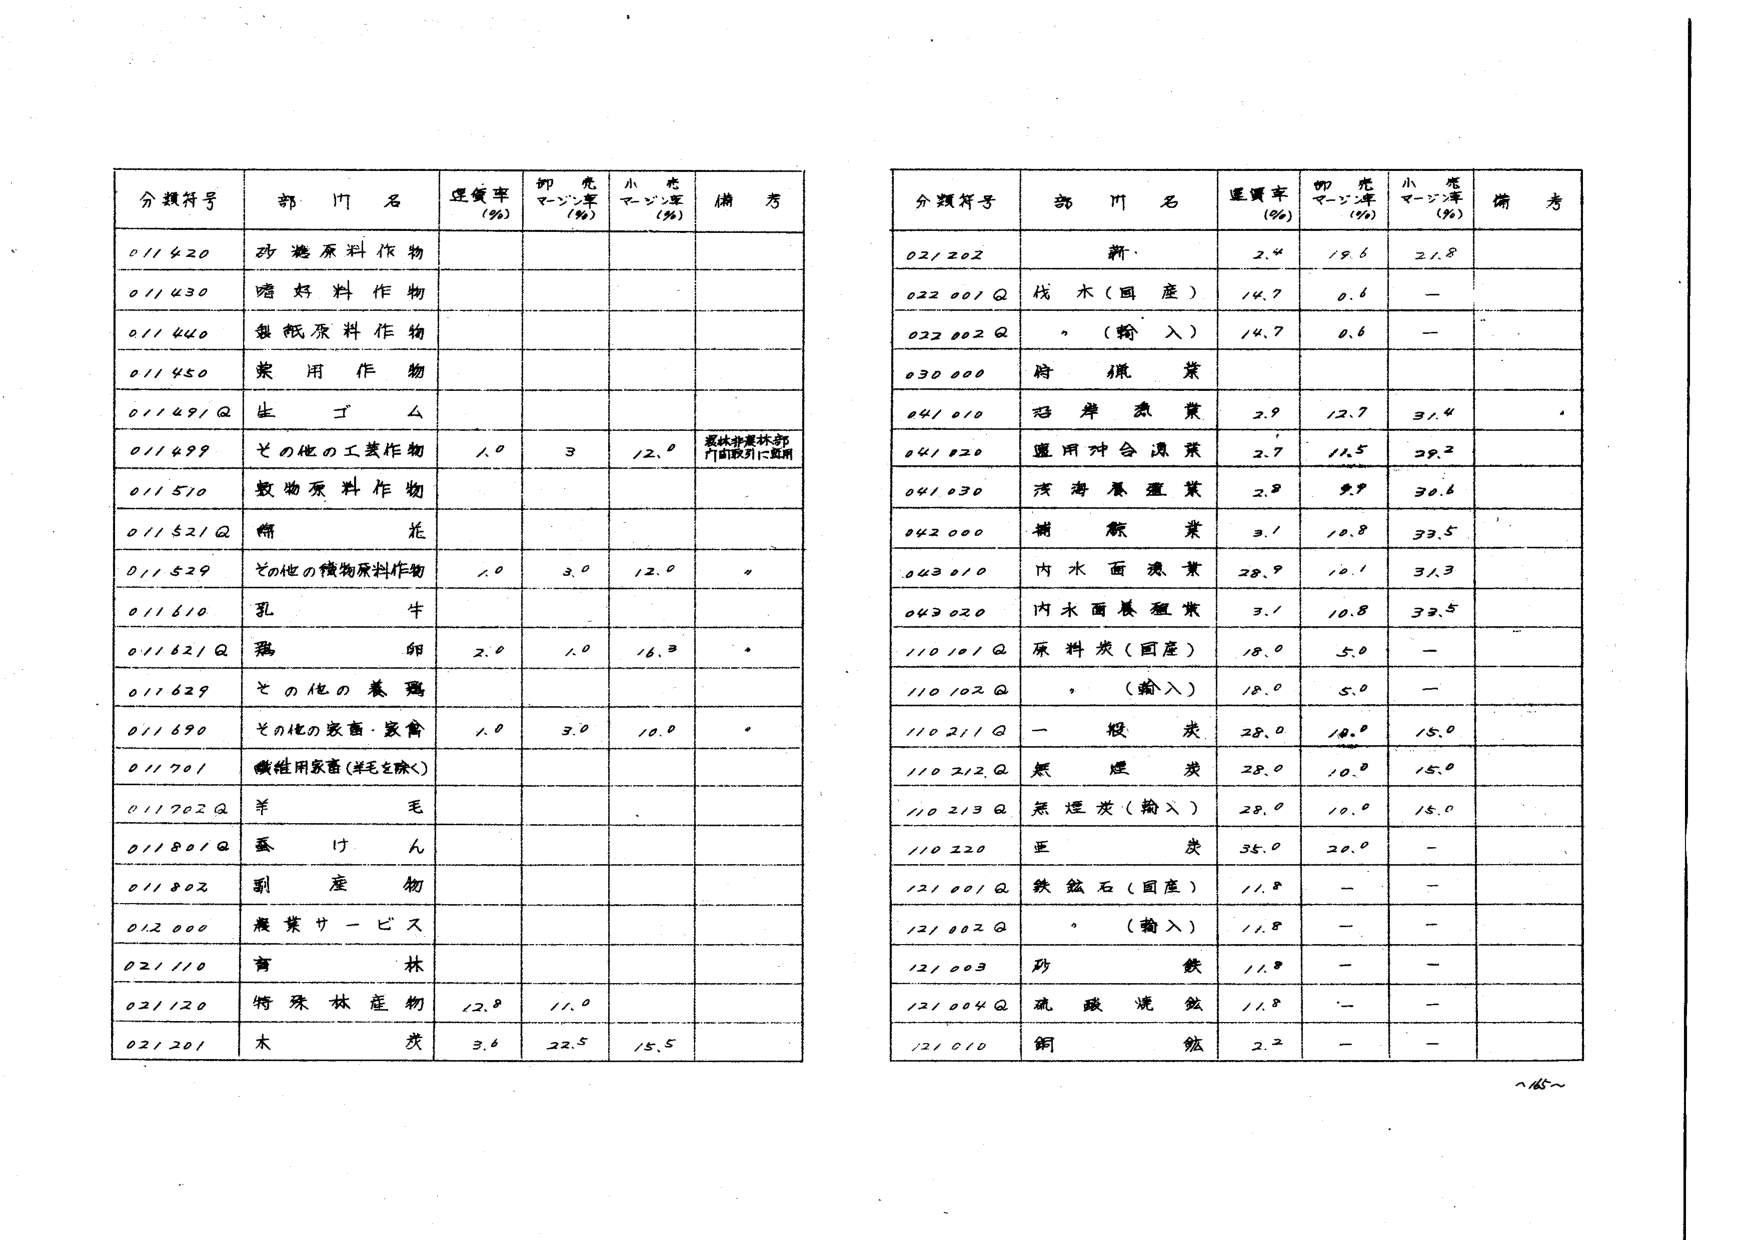
分類符号 部門名 重量率(%) 卵売マージン率(%) 小売マージン率(%) 備考
011420 砂糖原料作物
011430 酒好料作物
011440 製紙原料作物
011450 柴用作物
011491Q 生ゴム
011499 その他の工業作物 1.0 3 12.0 森林非農林部門間取引に適用
011510 食物原料作物
011521Q 棉花
011529 その他の植物原料作物 1.0 3.0 12.0 *
011610 乳牛
011621Q 鶏卵 2.0 1.0 16.3 *
011629 その他の養鶏
011690 その他の家畜・家禽 1.0 3.0 10.0 *
011701 繊維用家畜(羊毛を除く)
011702Q 羊毛
011801Q 蚕けん
011802 副産物
012000 農業サービス
021110 有林
021120 特殊林産物 12.0 11.0
021201 木炭 3.6 22.5 15.5

分類符号 部門名 重量率(%) 卵売マージン率(%) 小売マージン率(%) 備考
021202 薪 2.4 19.6 21.8
022001Q 伐木(国産) 14.7 0.6 —
022002Q 〃(輸入) 14.7 0.6 —
030000 時機業
041010 沿岸漁業 2.9 12.7 31.4
041020 適用対合漁業 2.7 11.5 29.2
041030 深海養殖業 2.8 9.9 30.6
042000 補魚業 3.1 10.8 33.5
043010 内水面漁業 28.9 10.1 31.3
043020 内水面養殖業 3.1 10.8 33.5
110101Q 原料炭(国産) 18.0 5.0 —
110102Q 〃(輸入) 18.0 5.0 —
110211Q 一般炭 28.0 10.0 15.0
110212Q 無煙炭 28.0 10.0 15.0
110213Q 無煙炭(輸入) 28.0 10.0 15.0
110220 亜炭 35.0 20.0 —
121001Q 鉄鉱石(国産) 11.8 — —
121002Q 〃(輸入) 11.8 — —
121003 砂鉄 11.8 — —
121004Q 硫酸洗鉱 11.8 — —
121010 銅鉱 2.2 — —
～165～